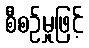
စီစဉ်မှုဖြင့်